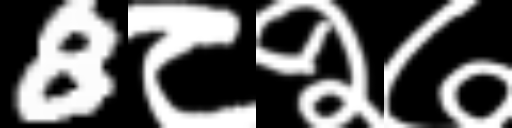
Text: 8८२७